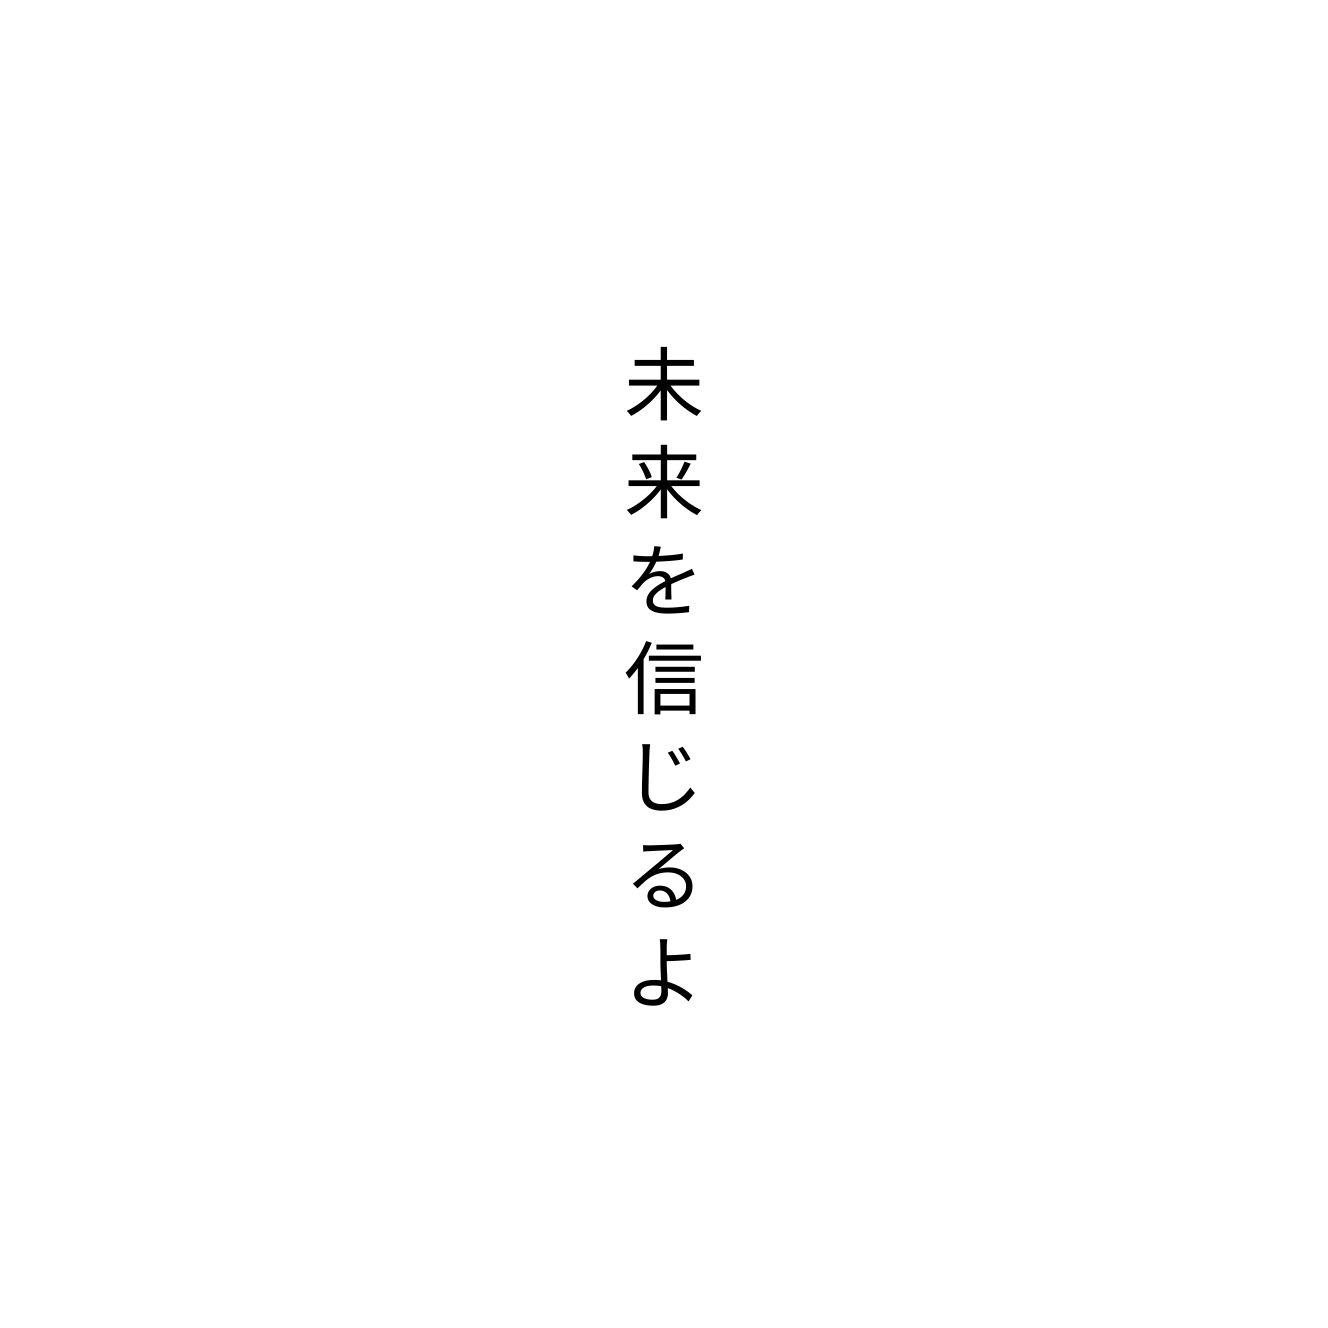
未来を信じるよ